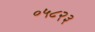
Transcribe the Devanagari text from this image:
०५८२३